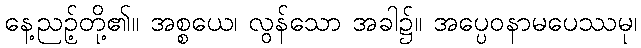
နေ့ညဉ့်တို့၏။ အစ္စယေ၊ လွန်သော အခါ၌။ အပ္ပေဝနာမပေဿမု၊